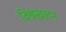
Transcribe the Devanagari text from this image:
विश्रंखलन